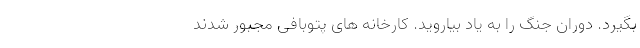
بگیرد. دوران جنگ را به یاد بیاروید. کارخانه های پتوبافی مجبور شدند